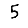
Digit: 5